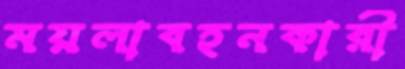
ময়লাবহনকারী